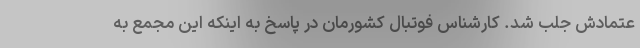
عتمادش جلب شد. کارشناس فوتبال کشورمان در پاسخ به اینکه این مجمع به